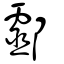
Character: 酃